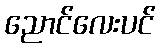
ညောင်လေးပင်